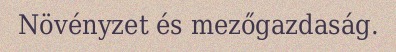
Növényzet és mezőgazdaság.